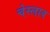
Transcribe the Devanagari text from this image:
चेस्लाव